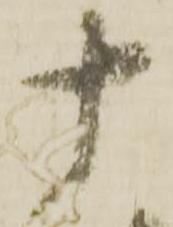
十